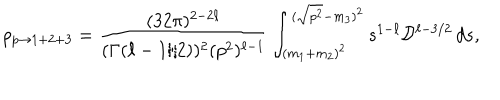
LaTeX: \rho _ { p \rightarrow 1 + 2 + 3 } = \frac { ( 3 2 \pi ) ^ { 2 - 2 \ell } } { ( \Gamma ( \ell - 1 / 2 ) ) ^ { 2 } ( p ^ { 2 } ) ^ { \ell - 1 } } \int _ { ( m _ { 1 } + m _ { 2 } ) ^ { 2 } } ^ { ( \sqrt { p ^ { 2 } } - m _ { 3 } ) ^ { 2 } } s ^ { 1 - \ell } { \cal D } ^ { \ell - 3 / 2 } \, d s ,